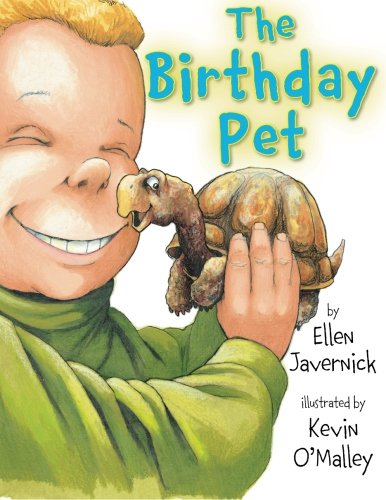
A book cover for The Birthday Pet; Ellen Javernick; Children's Books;